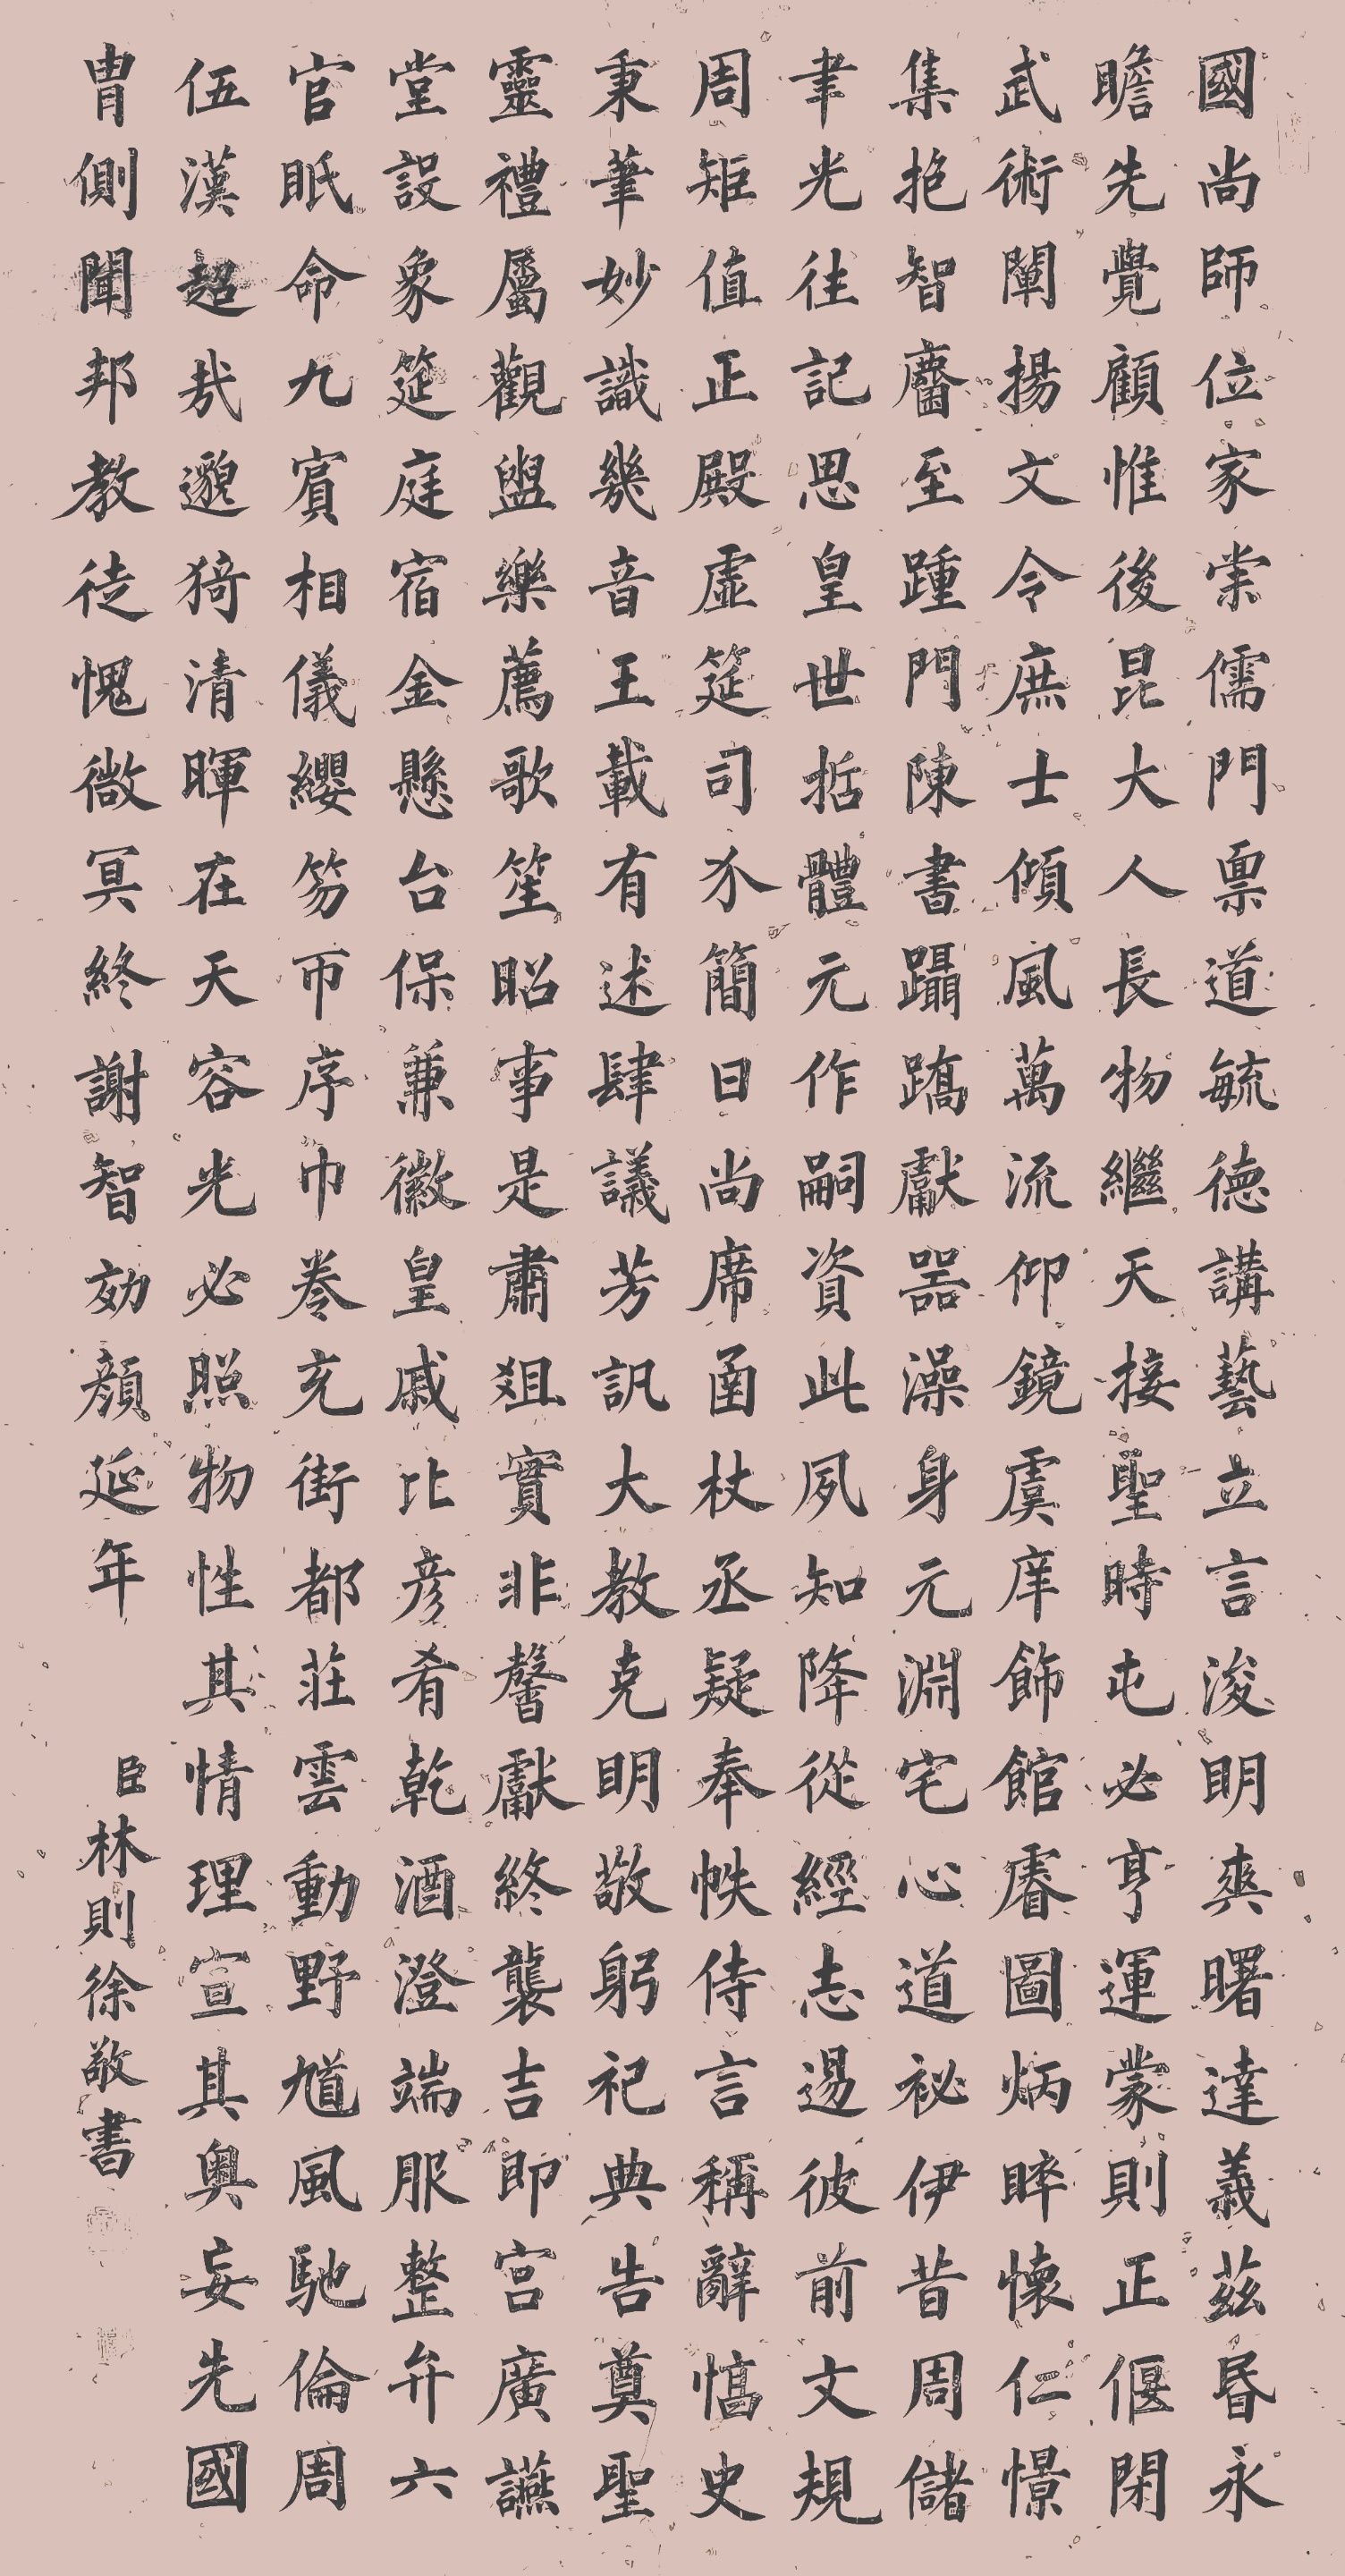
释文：国尚师位，家崇儒门。禀道毓德，讲艺立言。浚明爽曙，达义兹昏。永瞻先觉，顾惟后昆。大人长物，继天接圣。时屯必亨，运蒙则正。偃闭武术，阐扬文令。庶士倾风，万流仰镜。虞痒饰馆，壑图炳睟。怀仁憬集，抱智麇至。踵门陈书，蹑𪨗献器。澡身玄渊，宅心道秘。伊昔周储，聿光往记。思皇世哲，体元作嗣。资此夙知，降从经志。剔彼前文，规周矩值。正殿虚筵，司分简日。尚席函丈，丞疑奉帙。侍言称辞，惇史秉笔。妙识几音，王载有述。肆议芳讯，大教克明。敬躯祀典，告奠圣灵。礼属观盥，乐荐歌笙。昭事是肃，俎实非馨。献终袭吉，即宫广燕。堂设象筵，庭宿金悬。台保兼徽，皇戚比彦。肴干酒澄，端服整弁。六官视命，九宾相仪。缨笏币序，巾卷充街。都庄云动，野馗风驰。伦周伍汉，超哉邈猗。清晖在天，容光必照。物任其情，理宣其奥。妄先国胄，侧闻邦教。徒愧微冥，终谢智效。颜延年，臣林则徐敬书。